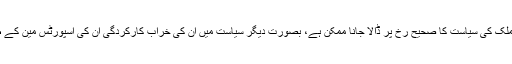
جناب عمران خان اگر اس کا ادراک کرلیں تو اب بھی ملک کی سیاست کا صحیح رُخ پر ڈالا جانا ممکن ہے، بصورتِ دیگر سیاست میں ان کی خراب کارکردگی ان کی اسپورٹس مین کے طور پر کمائی ہوئی نیک نامی کو گرد آلود کردے گی۔